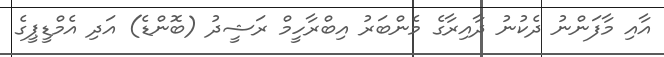
އާއި މާފަންނު ދެކުނު ދާއިރާގެ މެންބަރު އިބްރާހީމް ރަޝީދު (ބޮންޑެ) އަދި އެމްޑީޕީގެ